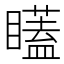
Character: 𭿫